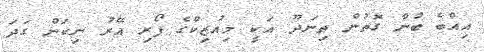
އިއްބެ ބުނާ ގޮތުން ތިނަދޫ އަކީ މިއުޒިކްގެ ފޯރި އޭރު ނިކަން ގަދަ